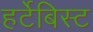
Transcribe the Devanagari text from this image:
हर्टेबिस्ट